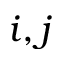
i , j